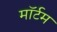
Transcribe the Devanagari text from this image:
मॉर्टम